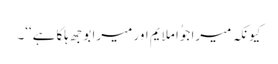
کیونکہ میرا جوُا ملایم اور میرا بوجھ ہلکا ہے‘‘۔